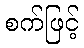
စက်ဖြင့်